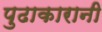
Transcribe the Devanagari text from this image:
पुढाकारानी